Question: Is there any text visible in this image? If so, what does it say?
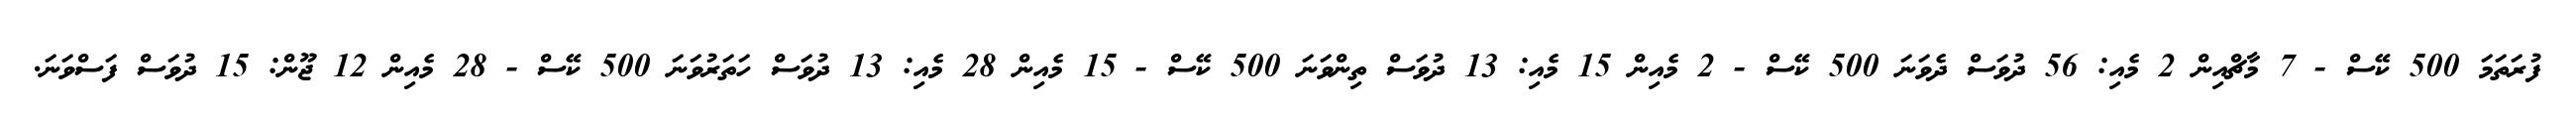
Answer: ފުރަތަމަ 500 ކޭސް - 7 މާޗްއިން 2 މެއި: 56 ދުވަސް ދެވަނަ 500 ކޭސް - 2 މެއިން 15 މެއި: 13 ދުވަސް ތިންވަނަ 500 ކޭސް - 15 މެއިން 28 މެއި: 13 ދުވަސް ހަތަރުވަނަ 500 ކޭސް - 28 މެއިން 12 ޖޫން: 15 ދުވަސް ފަސްވަނަ.